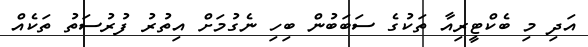
އަދި މި ބެކްޓީރިއާ ތަކުގެ ސަބަބުން ބިހި ނެގުމަށް އިތުރު ފުރުސަތު ތަކެއް